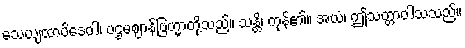
သေယျထာပိဒေဝါ၊ ပဌမဈာန်ဗြဟ္မာတို့သည်။ သန္တိ၊ ကုန်၏။ အယံ၊ ဤသတ္တာဝါသသည်။